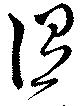
涅